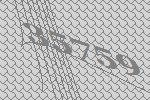
35759